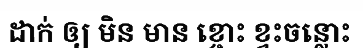
ដាក់ ឲ្យ មិន មាន ខ្ចោះ ខ្វះចន្លោះ